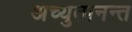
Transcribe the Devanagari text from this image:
अच्युतानन्त